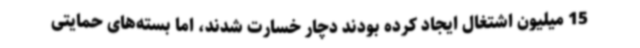
15 میلیون اشتغال ایجاد کرده بودند دچار خسارت شدند، اما بسته‌های حمایتی